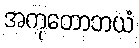
အကုတောဘယံ